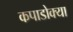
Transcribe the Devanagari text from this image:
कपाडोक्या